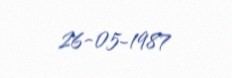
26-05-1987